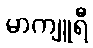
မာကျူရီ